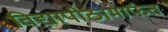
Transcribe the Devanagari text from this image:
विद्यापीठामार्फत